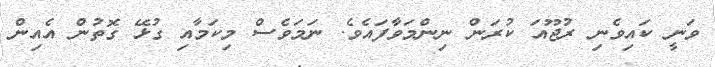
ވަނީ ކައިވެނި ރުޖޫއަ ކުރަން ނިންމަވާފައެވެ. ނަމަވެސް މިކަމާއި ގުޅޭ ގޮތުން އެއިން